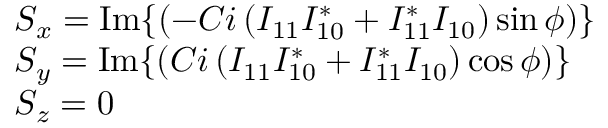
\begin{array} { r l } & { S _ { x } = \operatorname { I m } \{ \left( - C i \left( I _ { 1 1 } I _ { 1 0 } ^ { * } + I _ { 1 1 } ^ { * } I _ { 1 0 } \right) \sin \phi \right) \} } \\ & { S _ { y } = \operatorname { I m } \{ \left( C i \left( I _ { 1 1 } I _ { 1 0 } ^ { * } + I _ { 1 1 } ^ { * } I _ { 1 0 } \right) \cos \phi \right) \} } \\ & { S _ { z } = 0 } \end{array}